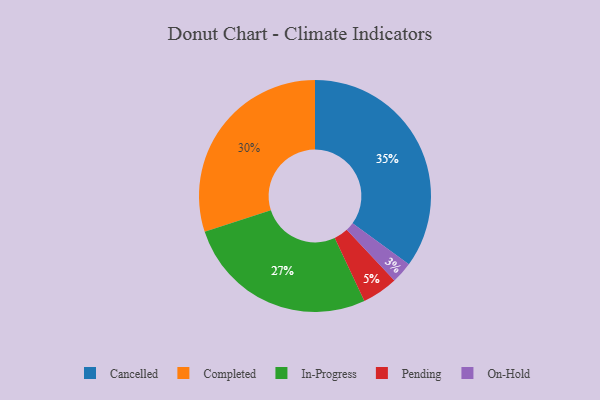
{"axis": {"x": "Category", "y": "Percentage"}, "legend": ["Cancelled", "Completed", "In-Progress", "On-Hold", "Pending"], "data": [{"x": "Cancelled", "y": 35, "type": "Cancelled"}, {"x": "Completed", "y": 30, "type": "Completed"}, {"x": "On-Hold", "y": 3, "type": "On-Hold"}, {"x": "In-Progress", "y": 27, "type": "In-Progress"}, {"x": "Pending", "y": 5, "type": "Pending"}]}